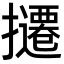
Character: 𫾔